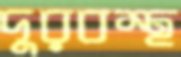
দুরবস্থ